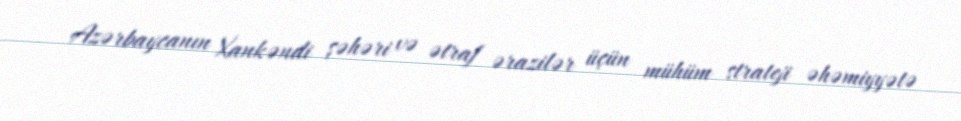
Azərbaycanın Xankəndi şəhəri və ətraf ərazilər üçün mühüm strateji əhəmiyyətə